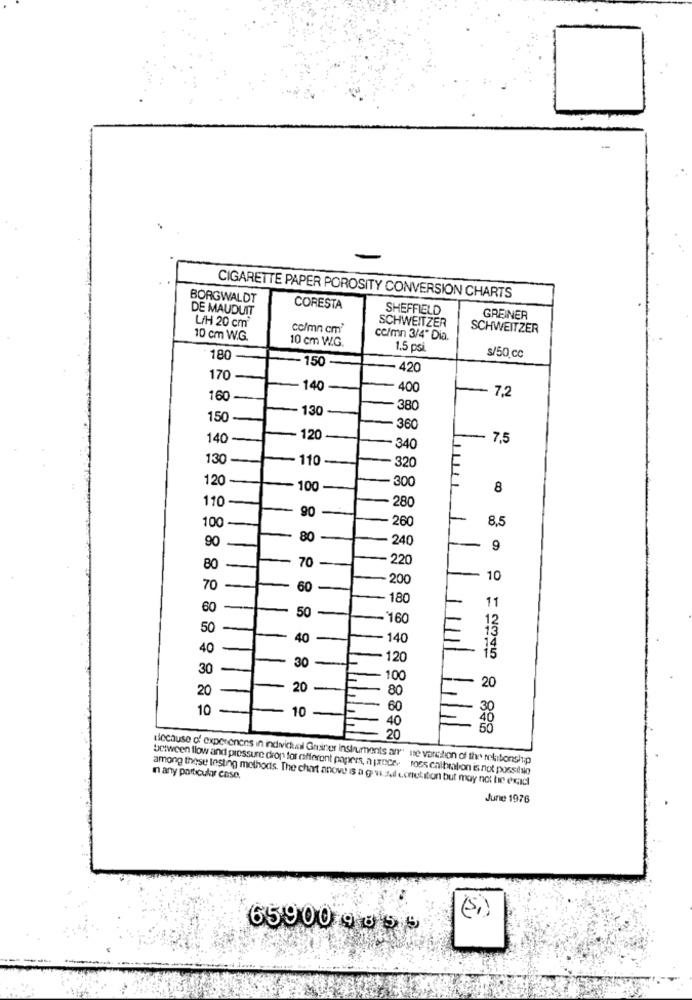
BORGWALDT
CIGARETTE PAPER POROSITY CONVERSION CHARTS
DE MAUDUIT
CORESTA
SHEFFIELD
L/H 20 cm2
SCHWEITZER
GREINER
co/mn cm2
SCHWEITZER
10 cm W.G.
10 cm W.G.
cc/mn 3/4" Dia.
1,5 psi.
s/50 cc
180
150
420
170
140
400
7,2
160
130
380
150
36
140
120
7,5
340
130
110
320
120
100
-300
8
280
110
90
260
8,5
100
90
80
240
9
220
80
70
200
10
70
60
180
60
11
50
160
50
40
140
14
40
120
- 15
30
30
100
20
20
80
-- 20
10
10
60
30
40
40
111
20
sochuse of experenens in individual Graner instruments ar ise vantion of the nekibonship
between flow and pressure dion for cfferont papers, a pancer ross enltmalion is not possible
In any particular case.
among these Insting methods. The chart anove is a guideil e.cretiton but may not be exact
June 1976
65900 9 855